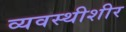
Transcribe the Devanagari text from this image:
व्यवस्थीशीर